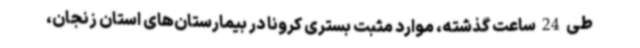
طی 24 ساعت گذشته، موارد مثبت بستری کرونا در بیمارستان‌های استان زنجان،